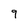
Character: 9